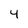
Character: 4